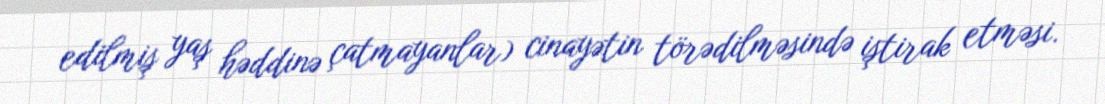
edilmiş yaş həddinə çatmayanlar) cinayətin törədilməsində iştirak etməsi.